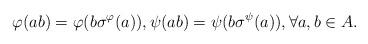
LaTeX: \begin{align*}\varphi(ab) = \varphi(b\sigma^{\varphi}(a)),\psi(ab) = \psi(b\sigma^{\psi}(a)),\forall a,b\in A. \end{align*}